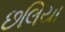
છલિયા